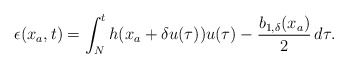
\begin{align*}\epsilon(x_a,t)=\int_N^t h(x_a+\delta u(\tau))u(\tau)-\dfrac{b_{1,\delta}(x_a)}{2} \,d\tau .\end{align*}